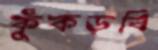
কুঁকড়বি